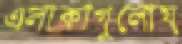
এলাকাগুলোয়